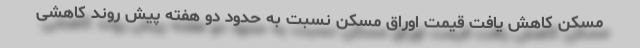
مسکن کاهش یافت قیمت اوراق مسکن نسبت به حدود دو هفته پیش روند کاهشی